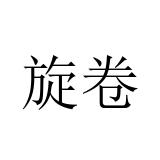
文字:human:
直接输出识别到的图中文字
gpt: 旋卷